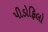
પીડોફિલો